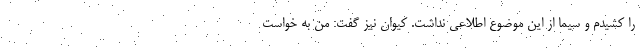
را کشیدم و سیما از این موضوع اطلاعی نداشت. کیوان نیز گفت: من به خواست